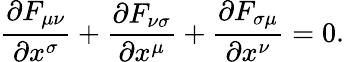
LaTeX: {\frac{\partial F_{\mu\nu}}{\partial x^{\sigma}}}+{\frac{\partial F_{\nu\sigma}}{\partial x^{\mu}}}+{\frac{\partial F_{\sigma\mu}}{\partial x^{\nu}}}=0.